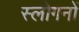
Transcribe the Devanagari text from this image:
स्लोगनों